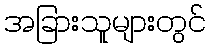
အခြားသူများတွင်